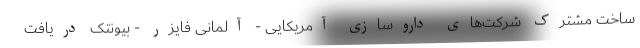
ساخت مشترک شرکت‌های داروسازی آمریکایی - آلمانی فایزر - بیونتک دریافت